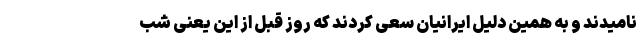
نامیدند و به همین دلیل ایرانیان سعی کردند که روز قبل از این یعنی شب